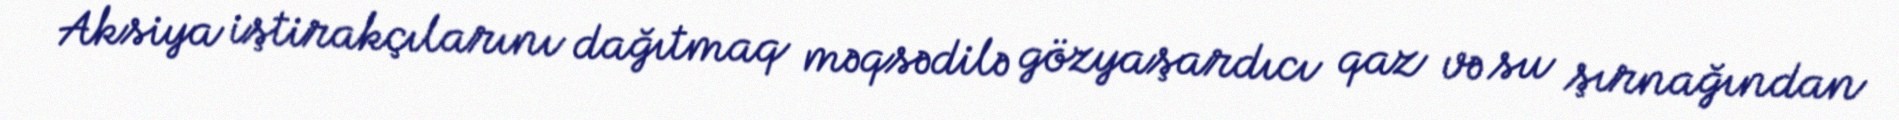
Aksiya iştirakçılarını dağıtmaq məqsədilə gözyaşardıcı qaz və su şırnağından